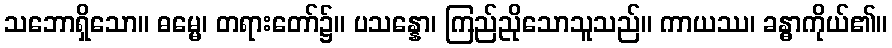
သဘောရှိသော။ ဓမ္မေ၊ တရားတော်၌။ ပသန္နော၊ ကြည်ညိုသောသူသည်။ ကာယဿ၊ ခန္ဓာကိုယ်၏။